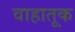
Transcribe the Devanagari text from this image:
वाहातूक